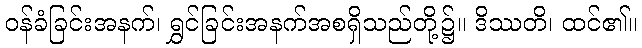
ဝန်ခံခြင်းအနက်၊ ရွှင်ခြင်းအနက်အစရှိသည်တို့၌။ ဒိဿတိ၊ ထင်၏။